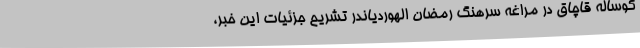
گوساله قاچاق در مراغه سرهنگ رمضان الهوردیاندر تشریح جزئیات این خبر،